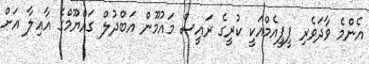
އެންމެ ވާދަވެރި ޕީޕީއެމްއަކީ ކުރީގެ ރައީސް މައުމޫން އަބްދުލް ގައްޔޫމްގެ އާއިލާ އަށް